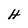
Character: H